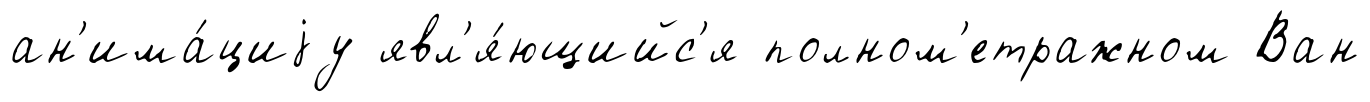
ан'има́циjу явл'я́ющийс'я полном'етражном Ван